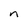
Character: n